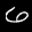
Label: 6